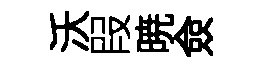
沃叚暁僉